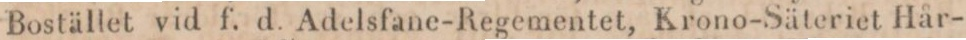
Bostället vid f. d. Adelsfane-Regementet, Krono-Säteriet Hår-